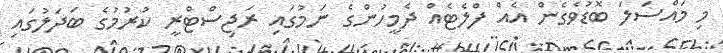
މި މައްސަލަ ބޮޑުވެގެން އެއް ފްލެޓެއް ދެމީހުންގެ ނަމުގައި ރަޖިސްޓްރީ ކުރުމުގެ ބަދަލުގައި